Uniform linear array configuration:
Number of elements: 24
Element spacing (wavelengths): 0.75
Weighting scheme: uniform
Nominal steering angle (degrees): -60
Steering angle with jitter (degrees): -58.897
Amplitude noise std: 0.05
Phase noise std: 0.05

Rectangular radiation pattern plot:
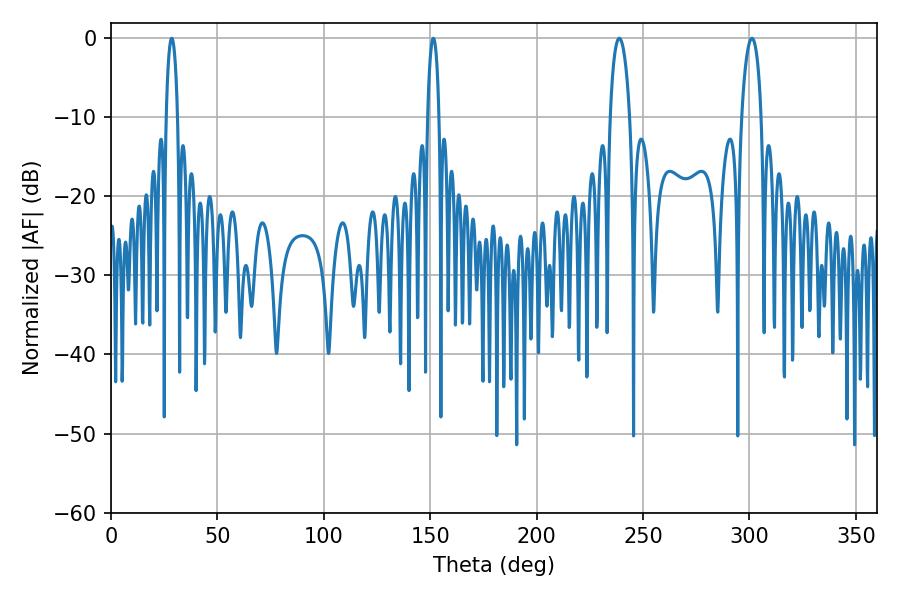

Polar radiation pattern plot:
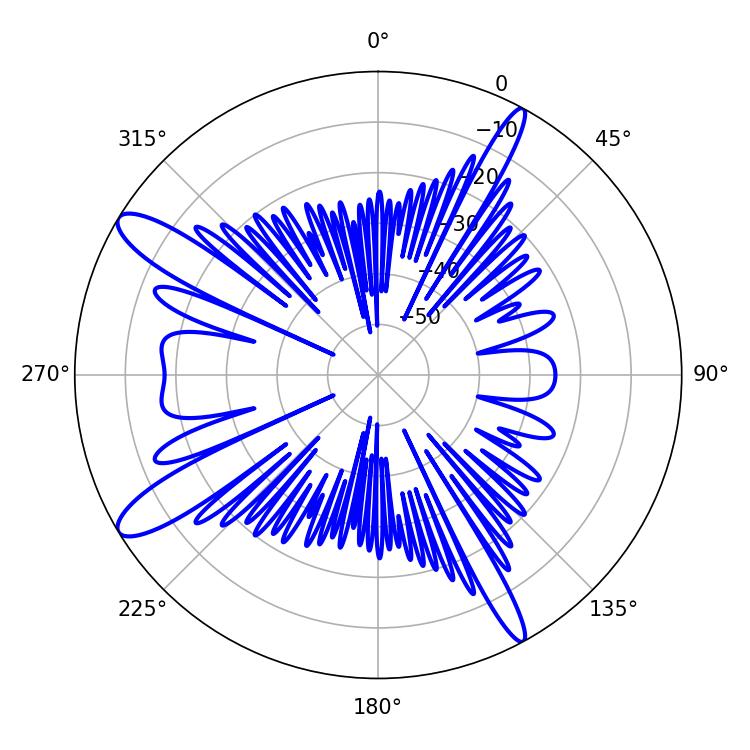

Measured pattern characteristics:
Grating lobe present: TRUE
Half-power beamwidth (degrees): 5.22
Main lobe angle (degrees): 238.86